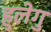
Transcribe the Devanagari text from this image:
हुलेगु